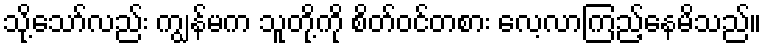
သို့သော်လည်း ကျွန်မက သူတို့ကို စိတ်ဝင်တစား လေ့လာကြည့်နေမိသည်။